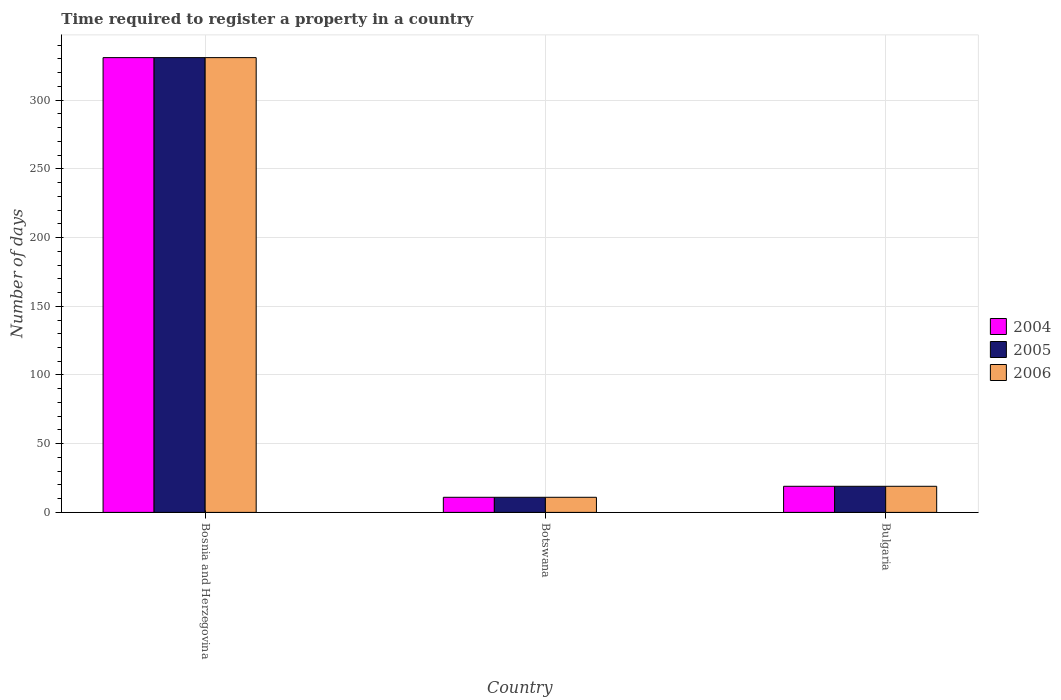
| Country | 2004 | 2005 | 2006 |
 | --- | --- | --- | --- |
 | Bosnia and Herzegovina | 331 | 331 | 331 |
 | Botswana | 11 | 11 | 11 |
 | Bulgaria | 19 | 19 | 19 |